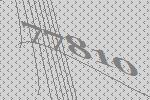
77810